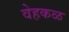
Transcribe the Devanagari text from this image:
वेहकळ